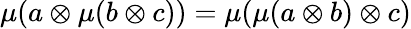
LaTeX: \mu(a\otimes\mu(b\otimes c))=\mu(\mu(a\otimes b)\otimes c)